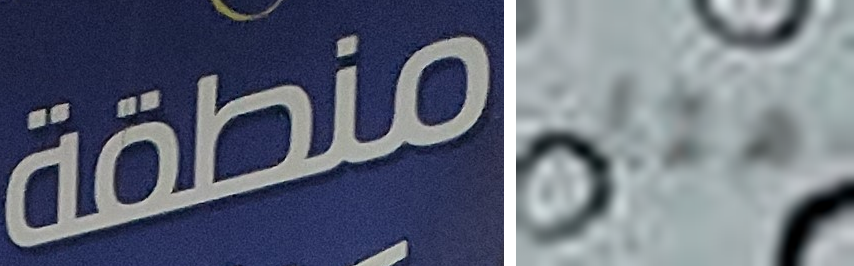
منطقة هنا